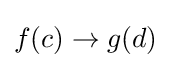
f(c)\to g(d)